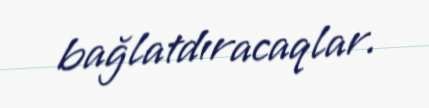
bağlatdıracaqlar.